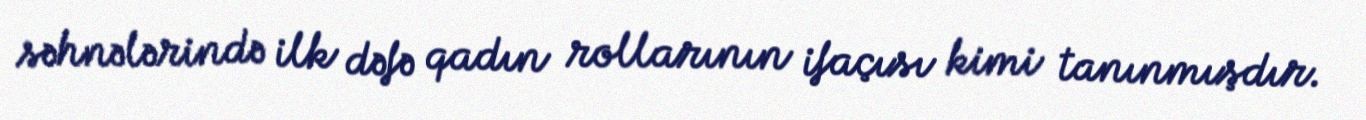
səhnələrində ilk dəfə qadın rollarının ifaçısı kimi tanınmışdır.